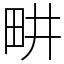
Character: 畊